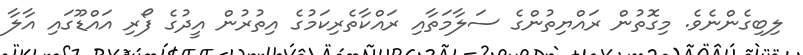
ލިބިގެންނެވެ. މިގޮތުން ރައްޔިތުންގެ ސަލާމަތާއި ރައްކާތެރިކަމުގެ އިތުރުން އީދުގެ ފޯރި އައްޑޫގައި އާލާ